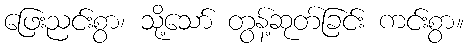
ဖြေးညင်းစွာ၊ သို့သော် တွန့်ဆုတ်ခြင်း ကင်းစွာ။